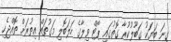
ގިނަ ބަޔަކު ގަބޫލުކުރާ ގޮތުގައި ޕޯޓް ވިލާގެ ހަލަބޮލި މަގުތައް އިތުރަށް ތޮއްޖެހި